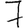
Digit: 7